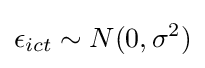
\epsilon _{ict}\sim N(0,\sigma ^{2})